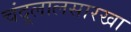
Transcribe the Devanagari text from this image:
चंदूलालसारखा